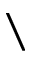
\setminus